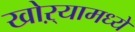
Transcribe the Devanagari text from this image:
खोऱ्यामध्ये